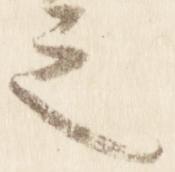
之